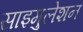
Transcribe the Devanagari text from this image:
साइमुलेशन